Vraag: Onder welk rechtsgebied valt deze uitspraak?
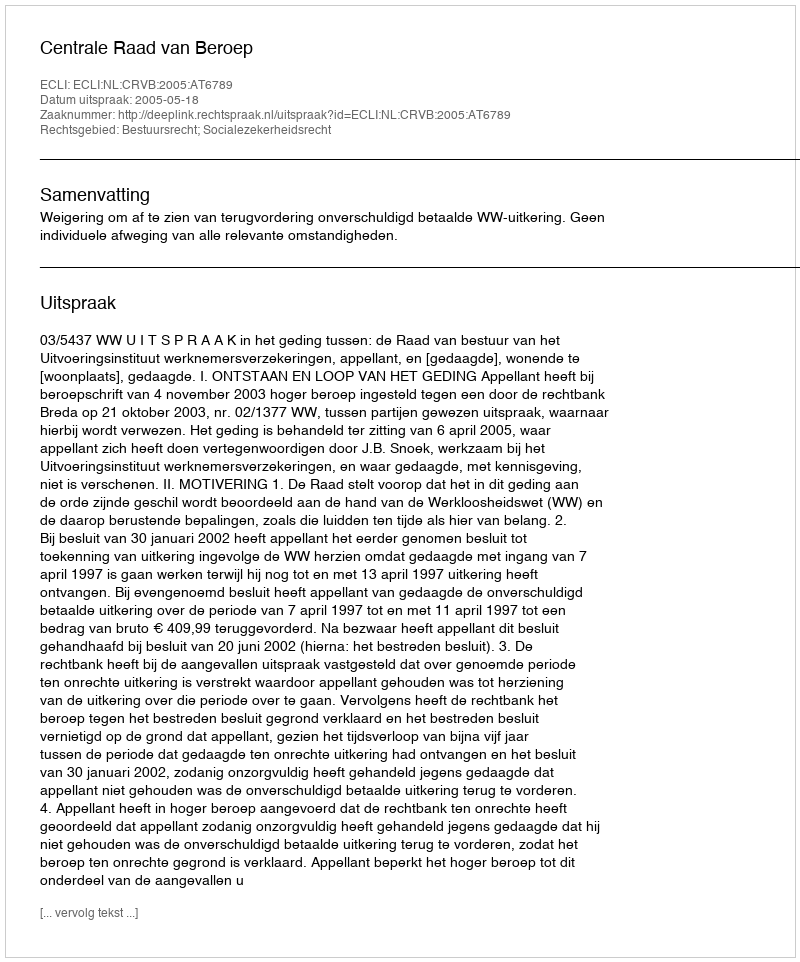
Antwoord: Bestuursrecht; Socialezekerheidsrecht